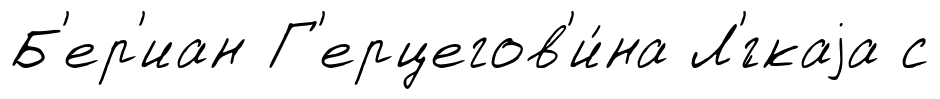
Б'ер'иан Г'ерцегов'и́на Л'́гкаjа с